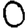
Digit: 0